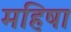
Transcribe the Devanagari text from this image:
महिषा